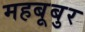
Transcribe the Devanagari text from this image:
महबूबुर